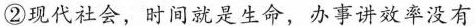
②现代社会，时间就是生命，办事讲效率没有